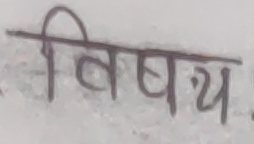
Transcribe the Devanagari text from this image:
विषय